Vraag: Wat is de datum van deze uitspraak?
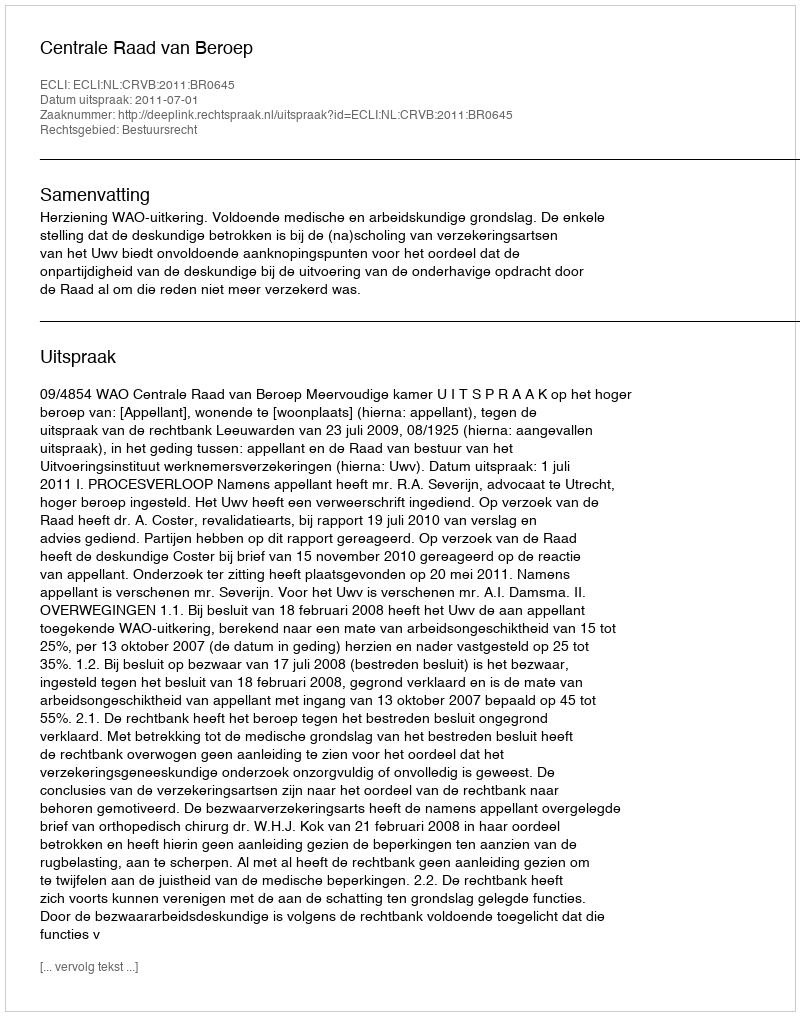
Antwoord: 2011-07-01